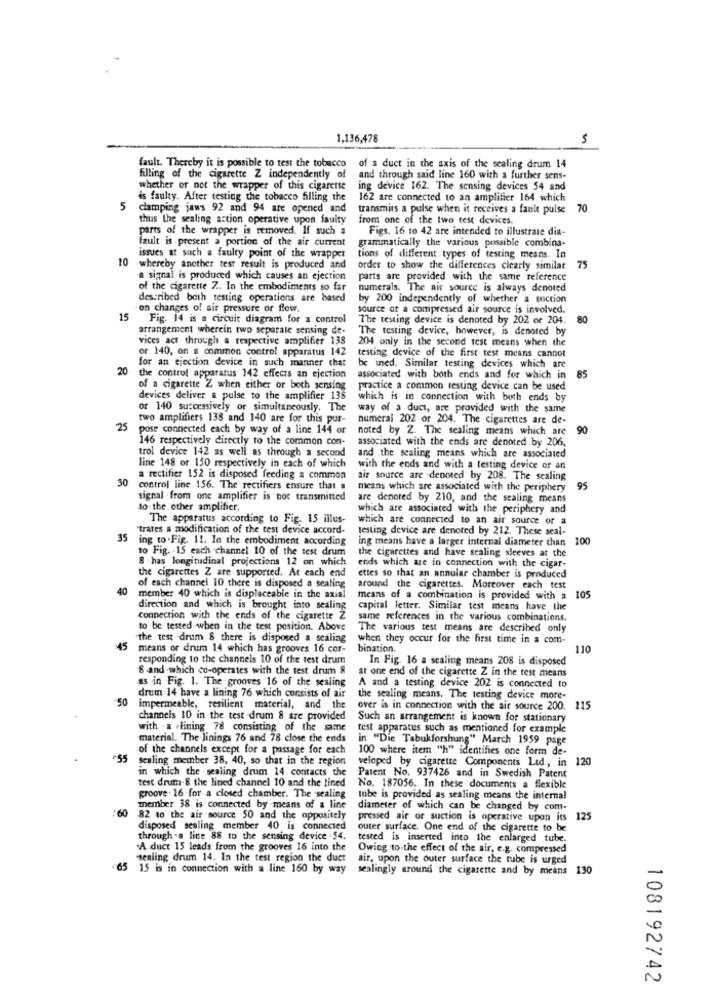
1,136,478
fault. Thereby it is possible to test the tobacco
of a duct in the axis of the scaling drum 14
filling of the cigarette Z independently of
and through said line 160 with a further sens-
whether or not the wrapper of this cigarette
ing device 162. The sensing devices 54 and
is faulty. After testing the tobacco filling the
162 are connected to an amplifier 164 which
5
camping jaws 92 and 94 are opened and
transmits a pulse when it receives a fault pulse 70
thus the sealing action operative upon faulty
from one of the two test devices.
parts of the wrapper is removed. If such a
Figs. 16 to 42 are intended to illustrate dia-
fault is present a portion of the air current
grammatically the various possible combina-
issues at such a faulty point of the wrapper
tions of different types of testing means. In
10 whereby another test result is produced and
order to show the differences clearly similar 75
a signal is produced which causes an ejection
parts are provided with the same reference
of the cigarette Z .. In the embodiments so far
numerals. The air source is always denoted
described both testing operations are based
by 200 independently of whether a suction
on changes of air pressure or flow.
source or a compressed air source is involved.
15
Fig. 14 is a circuit diagram for a control
The testing device is denoted by 202 or 204.
80
arrangement wherein two separate sensing de-
The testing device, however, is denoted by
vices act through a respective amplifier 138
204 only in the second test means when the
or 140, on a common control apparatus 142
testing device of the first test means cannot
for an ejection device in such manner that
20
be used. Similar testing devices which are
the control apparatus 142 effects an ejection
associated with both ends and for which in
85
of a cigarette Z when either or both sensing
practice a common testing device can be used
devices deliver a pulse to the amplifier 138
which is in connection with both ends by
or 140 successively or simultaneously. The
way of a duct, are provided with the same
two amplifiers 138 and 140 are for this pur-
numeral 202 or 204. The cigarettes are de-
25
pose connected each by way of a line 144 or
noted by Z. The sealing means which are
90
146 respectively directly to the common con-
associated with the ends are denoted by 206,
trol device 142 as well as through a second
and the sealing means which are associated
line 148 or 150 respectively in each of which
with the ends and with a testing device or an
30
a rectifier 152 is disposed feeding a common
air source are .denoted by 208. The sealing
control line 156. The rectifiers ensure that a
means which are associated with the periphery
95
signal from one amplifier is not transmitted
are denoted by 210, and the sealing means
to the other amplifier.
which are associated with the periphery and
The apparatus according to Fig. 15 illus-
which are connected to an air source of a
"trates a modification of the test device accord-
testing device are denoted by 212. These seal-
35
ing to .Fig. 11. In the embodiment according
ing means have a larger internal diameter than
100
to Fig. - 15 each channel 10 of the test drum
the cigarettes and have scaling sleeves at the
8 . has longitudinal projections 12 on which
ends which are in connection with the cigar-
the cigarettes Z are supported. At each end
ettes so that an annular chamber is produced
40
of each channel 10 there is disposed a sealing
around the cigarettes. Moreover each test
member 40 which is displaceable in the axial
means of a combination is provided with a 105
direction and which is brought into sealing
capital letter. Similar test means have the
connection with the ends of the cigarette Z
same references in the various combinations.
to be tested when in the test position. Above
The various test means are described only
"the test drum 8 there is disposed a scaling
when they occur for the first time in a com-
45
means or drum 14 which has grooves 16 cor-
bination.
110
responding to the channels 10 of the test drum
In Fig. 16 a sealing means 208 is disposed
8 -and -which co-operates with the test drum &
at one end of the cigarette Z in the test means
as in Fig. 1. The grooves 16 of the sesling
A and a testing device 202 is connected to
50
drum 14 have a lining 76 which consists of air
the sealing means. The testing device more-
impermeable, resilient material, and the
over is in connection with the air source 200. 115
channels 10 in the test drum 8 are provided
Such an arrangement is known for stationary
with . a .lining 78 consisting of the same
test apparatus such as mentioned for example
material. The linings 76 and 78 close the ends
in "Die Tabukforshung" March 1959 page
of the channels except for a passage for each
100 where item "h" identifies one form de-
55
sealing member 38, 40, so that in the region
veloped by cigarette Components Led, in 120
in which the . sealing drum 14 contacts the
test drum-8 the lined channel 10 and the lined
Patent No. 937426 and in Swedish Patent
No. 187056. In these documents a flexible
groove . 16-for a closed chamber. The sealing
tube is provided as sealing means the internal
member 38 is connected by means of a line
diameter of which can be changed by com-
:60 82 to the air source 50 and the oppositely
pressed air or suction is operative upon its
125
disposed sealing member 40 is connected
outer surface. One end of the cigarette to be
through .a line .88 to the sensing device .54.
tested is inserted into the enlarged tube.
"A duct 15 leads from the grooves 16 into the
Owing to.the effect of the air, e.g. compressed
sealing drum 14. In the test region the duct
air, upon the outer surface the tube is urged
65 15 is in connection with a line 160 by way
sealingly around the cigarette and by means 130
108192742